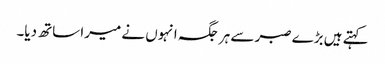
کہتے ہیں بڑے صبر سے ہر جگہ انہوں نے میرا ساتھ دیا۔